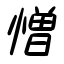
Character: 憎